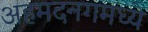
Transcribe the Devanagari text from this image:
अहमदनगमध्ये